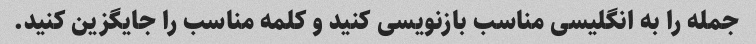
جمله را به انگلیسی مناسب بازنویسی کنید و کلمه مناسب را جایگزین کنید.